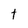
Character: t